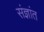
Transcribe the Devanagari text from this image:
संज्ञांत